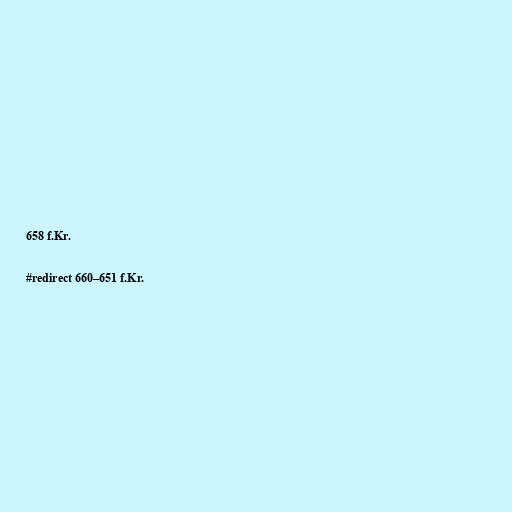
658 f.Kr.

#redirect 660–651 f.Kr.